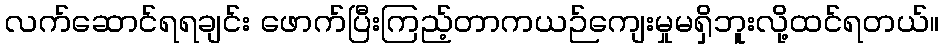
လက်ဆောင်ရရချင်း ဖောက်ပြီးကြည့်တာကယဉ်ကျေးမှုမရှိဘူးလို့ထင်ရတယ်။